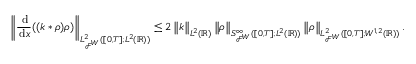
\left\lVert \frac { \, \mathrm { d } } { \, \mathrm { d } x } ( ( k * \rho ) \rho ) \right\rVert _ { L _ { \mathcal { F } ^ { W } } ^ { 2 } ( [ 0 , T ] ; L ^ { 2 } ( \mathbb { R } ) ) } \le 2 \left\lVert k \right\rVert _ { L ^ { 2 } ( \mathbb { R } ) } \left\lVert \rho \right\rVert _ { S _ { \mathcal { F } ^ { W } } ^ { \infty } ( [ 0 , T ] ; L ^ { 2 } ( \mathbb { R } ) ) } \left\lVert \rho \right\rVert _ { L _ { \mathcal { F } ^ { W } } ^ { 2 } ( [ 0 , T ] ; W ^ { 1 , 2 } ( \mathbb { R } ) ) } .